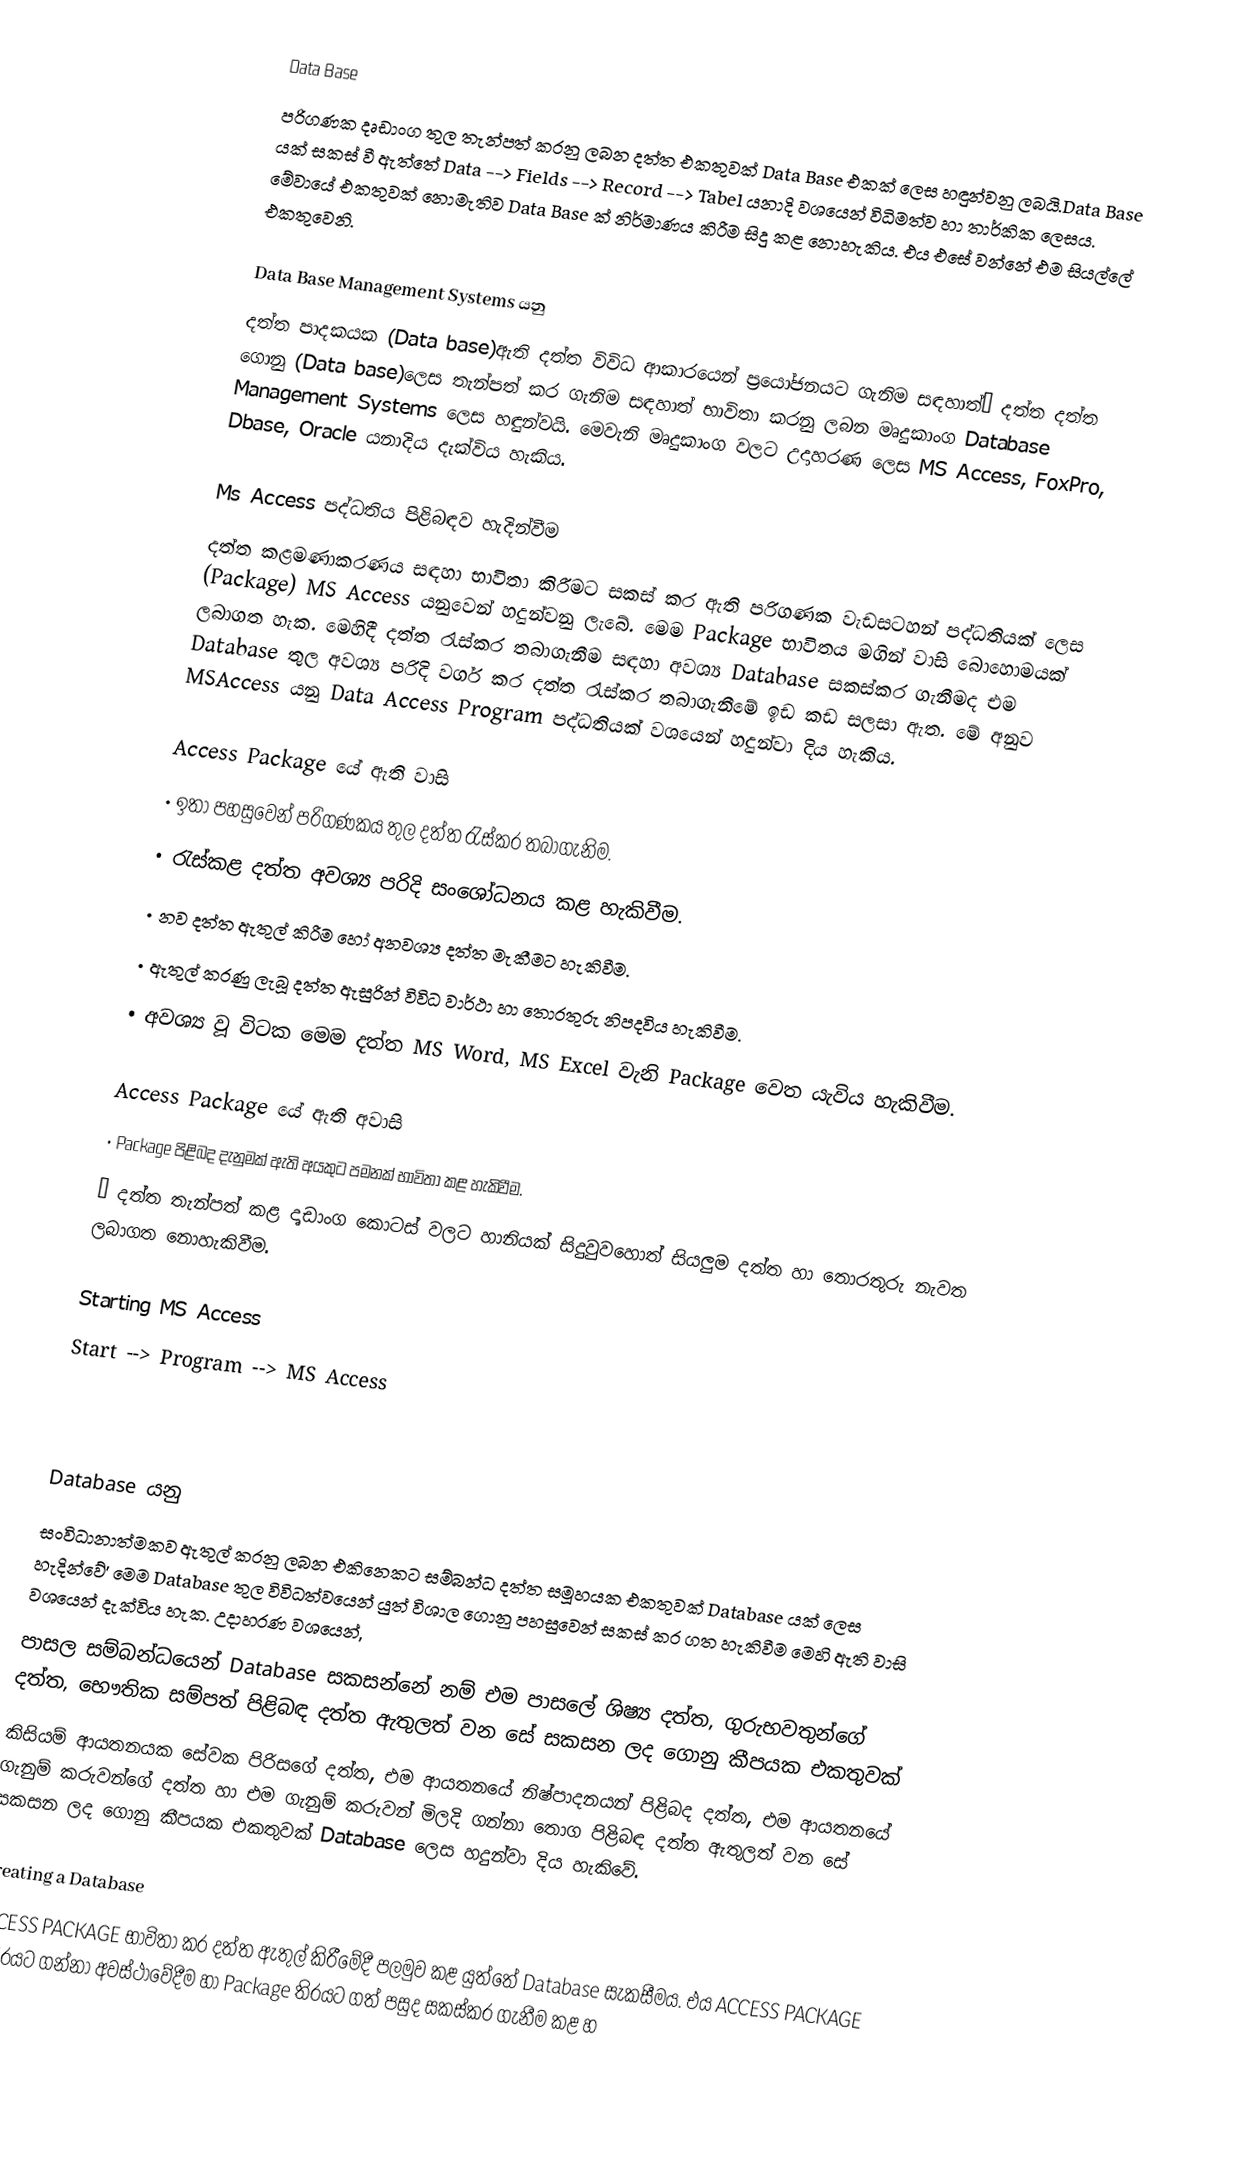
Data Base
පරිගණක දෘඩාංග තුල තැන්පත් කරනු ලබන දත්ත එකතුවක් Data Base එකක් ලෙස හඳුන්වනු ලබයි.Data Base යක් සකස් වී ඇත්තේ Data --> Fields --> Record --> Tabel යනාදි වශයෙන් විධිමත්ව හා තාර්කික ලෙසය. මේවායේ එකතුවක් නොමැතිව Data Base ක් නිර්මාණය කිරීම සිදු කළ නොහැකිය. එය එසේ වන්නේ එම සියල්ලේ එකතුවෙනි.

Data Base Management Systems යනු
දත්ත පාදකයක (Data base)ඇති දත්ත විවිධ ආකාරයෙන් ප්‍රයෝජනයට ගැනිම සඳහාත්” දත්ත දත්ත ගොනු (Data base)ලෙස තැන්පත් කර ගැනිම සඳහාත් භාවිතා කරනු ලබන මෘදුකාංග Database Management Systems ලෙස හඳුන්වයි. මෙවැනි මෘදුකාංග වලට උදාහරණ ලෙස MS Access, FoxPro, Dbase, Oracle යනාදිය දැක්විය හැකිය.

Ms Access පද්ධතිය පිළිබඳව හැදින්වීම
දත්ත කළමණාකරණය සඳහා භාවිතා කිරීමට සකස් කර ඇති පරිගණක වැඩසටහන් පද්ධතියක් ලෙස (Package) MS Access යනුවෙන් හදුන්වනු ලැබේ. මෙම Package භාවිතය මගින් වාසි බොහොමයක් ලබාගත හැක. මෙහිදී දත්ත රැස්කර තබාගැනීම සඳහා අවශ්‍ය Database සකස්කර ගැනීමද එම Database තුල අවශ්‍ය පරිදි වර්ග කර දත්ත රැස්කර තබාගැනීමේ ඉඩ කඩ සලසා ඇත. මේ අනුව MSAccess යනු Data Access Program පද්ධතියක් වශයෙන් හදුන්වා දිය හැකිය.

Access Package යේ ඇති වාසි
•	ඉතා පහසුවෙන් පරිගණකය තුල දත්ත රැස්කර තබාගැනිම.
•	රැස්කළ දත්ත අවශ්‍ය පරිදි සංශෝධනය කළ හැකිවීම.
•	නව දත්ත ඇතුල් කිරීම හෝ අනවශ්‍ය දත්ත මැකීමට හැකිවීම.
•	ඇතුල් කරණු ලැබූ දත්ත ඇසුරින් විවිධ වාර්ථා හා තොරතුරු නිපදවිය හැකිවීම.
•	අවශ්‍ය වූ විටක මෙම දත්ත MS Word, MS Excel වැනි Package වෙත යැවිය හැකිවීම.

Access Package යේ ඇති අවාසි
•	Package පිළිබද දැනුමක් ඇති අයකුට පමනක් භාවිතා කළ හැකිවීම.
•	දත්ත තැන්පත් කළ දෘඩාංග කොටස් වලට හානියක් සිදුවුවහොත් සියලුම දත්ත හා තොරතුරු නැවත ලබාගත නොහැකිවීම.

Starting MS Access
Start -->  Program  -->  MS Access

Database යනු
සංවිධානාත්මකව ඇතුල් කරනු ලබන එකිනෙකට සම්බන්ධ දත්ත සමූහයක එකතුවක් Database යක් ලෙස හැදින්වේ’ මෙම Database තුල විවිධත්වයෙන් යුත් විශාල ගොනු පහසුවෙන් සකස් කර ගත හැකිවීම මෙහි ඇති වාසි වශයෙන් දැක්විය හැක. උදාහරණ වශයෙන්,
පාසල සම්බන්ධයෙන් Database සකසන්නේ නම් එම පාසලේ ශිෂ්‍ය දත්ත, ගුරුභවතුන්ගේ දත්ත, භෞතික සම්පත් පිළිබඳ දත්ත ඇතුලත් වන සේ සකසන ලද ගොනු කීපයක එකතුවක්
කිසියම් ආයතනයක සේවක පිරිසගේ දත්ත, එම ආයතනයේ නිෂ්පාදනයන් පිළිබද දත්ත, එම ආයතනයේ ගැනුම් කරුවන්ගේ දත්ත හා එම ගැනුම් කරුවන් මිලදි ගන්නා තොග පිළිබඳ දත්ත ඇතුලත් වන සේ සකසන ලද ගොනු කීපයක එකතුවක් Database ලෙස හදුන්වා දිය හැකිවේ.

Creating a Database
ACCESS PACKAGE භාවිතා කර දත්ත ඇතුල් කිරීමේදී පලමුව කළ යුත්තේ Database සැකසීමය. එය ACCESS PACKAGE ය තිරයට ගන්නා අවස්ථාවේදීම හා Package තිරයට ගත් පසුද සකස්කර ගැනීම කළ හ